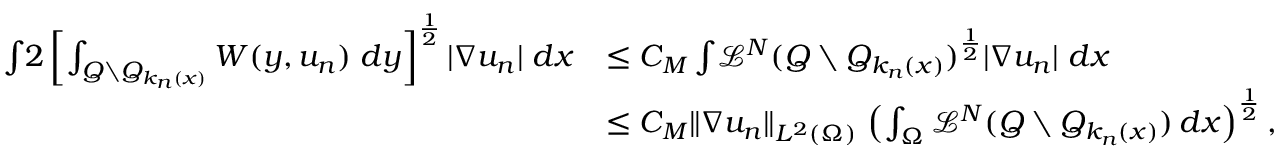
\begin{array} { r l } { \int _ { \o } { 2 \left[ \int _ { Q \setminus Q _ { k _ { n } ( x ) } } W ( y , u _ { n } ) \; d y \right] ^ { \frac { 1 } { 2 } } | \nabla u _ { n } | \; d x } } & { \leq C _ { M } \int _ { \o } { \mathcal { L } ^ { N } ( Q \setminus Q _ { k _ { n } ( x ) } ) ^ { \frac { 1 } { 2 } } | \nabla u _ { n } | \; d x } } \\ & { \leq C _ { M } \| \nabla u _ { n } \| _ { L ^ { 2 } ( \Omega ) } \, \left( \int _ { \Omega } \mathcal { L } ^ { N } ( Q \setminus Q _ { k _ { n } ( x ) } ) \, d x \right) ^ { \frac { 1 } { 2 } } , } \end{array}